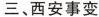
三、西安事变